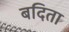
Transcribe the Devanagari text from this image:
बदिता